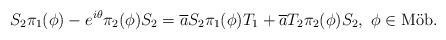
LaTeX: \begin{align*}S_{2}\pi_{1}(\phi) - e^{i \theta} \pi_{2}(\phi) S_{2} = \overline{a}S_{2}\pi_{1}(\phi)T_{1} + \overline{a} T_{2} \pi_{2}(\phi) S_{2},\,\,\phi \in \mbox{M\"{o}b}.\end{align*}